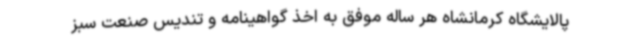
پالایشگاه کرمانشاه هر ساله موفق به اخذ گواهینامه و تندیس صنعت سبز